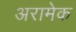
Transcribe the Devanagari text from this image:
अरामेक